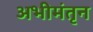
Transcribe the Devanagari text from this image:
अभीमंतृन